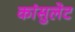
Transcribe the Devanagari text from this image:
कांसुलेट